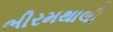
ભીરમથાલી